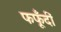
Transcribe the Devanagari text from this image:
फफूँदीं